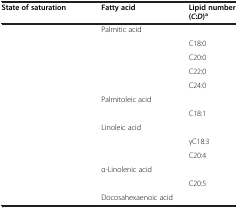
<table><thead><tr><td><b>State of saturation</b></td><td><b>Fatty acid</b></td><td><b>Lipid number (<i>C</i>:<i>D</i>)<sup>a</sup></b></td></tr></thead><tbody><tr><td rowspan="5">[EMPTY_CELL]</td><td>Palmitic acid</td><td>[EMPTY_CELL]</td></tr><tr><td>[EMPTY_CELL]</td><td>C18:0</td></tr><tr><td>[EMPTY_CELL]</td><td>C20:0</td></tr><tr><td>[EMPTY_CELL]</td><td>C22:0</td></tr><tr><td>[EMPTY_CELL]</td><td>C24:0</td></tr><tr><td rowspan="2">[EMPTY_CELL]</td><td>Palmitoleic acid</td><td>[EMPTY_CELL]</td></tr><tr><td>[EMPTY_CELL]</td><td>C18:1</td></tr><tr><td rowspan="3">[EMPTY_CELL]</td><td>Linoleic acid</td><td>[EMPTY_CELL]</td></tr><tr><td>[EMPTY_CELL]</td><td>γC18:3</td></tr><tr><td>[EMPTY_CELL]</td><td>C20:4</td></tr><tr><td rowspan="2">[EMPTY_CELL]</td><td>α-Linolenic acid</td><td>[EMPTY_CELL]</td></tr><tr><td>[EMPTY_CELL]</td><td>C20:5</td></tr><tr><td>[EMPTY_CELL]</td><td>Docosahexaenoic acid</td><td>[EMPTY_CELL]</td></tr></tbody></table>